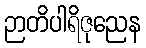
ဉာတိပါရိဇုညေန